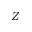
Z